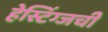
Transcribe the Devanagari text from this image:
हेस्टिंग्जची